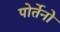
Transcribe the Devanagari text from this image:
पोर्तेनो